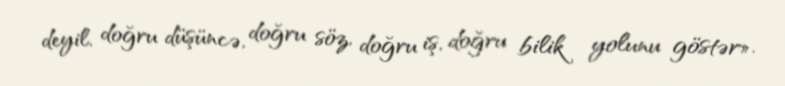
deyil, doğru düşüncə, doğru söz, doğru iş, doğru bilik yolunu göstər».